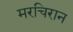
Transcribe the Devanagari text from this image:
मरचिरान